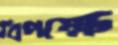
বিপক্ষে